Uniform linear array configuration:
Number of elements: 48
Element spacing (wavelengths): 0.5
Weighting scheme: binomial
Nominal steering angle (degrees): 60
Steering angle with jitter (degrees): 59.166
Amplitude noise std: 0.05
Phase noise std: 0.05

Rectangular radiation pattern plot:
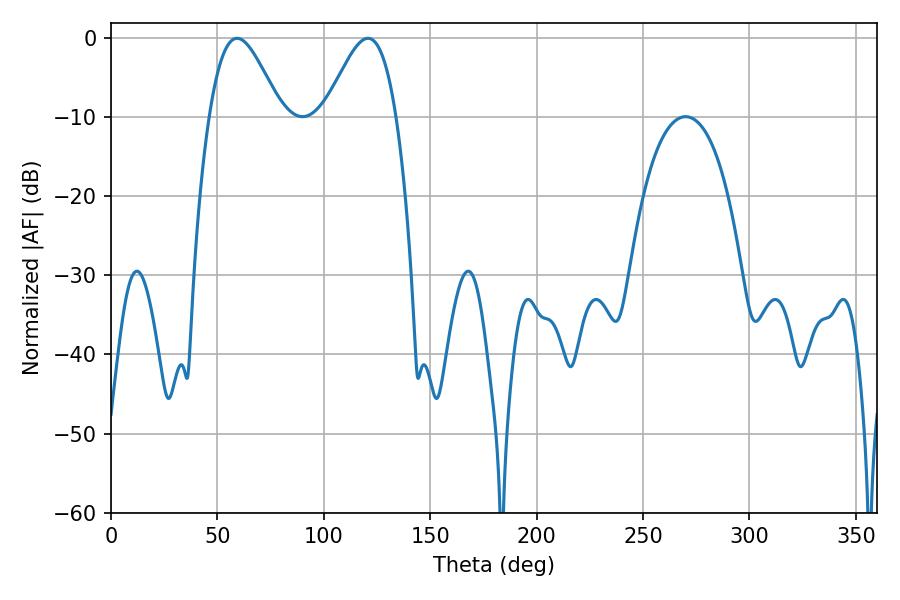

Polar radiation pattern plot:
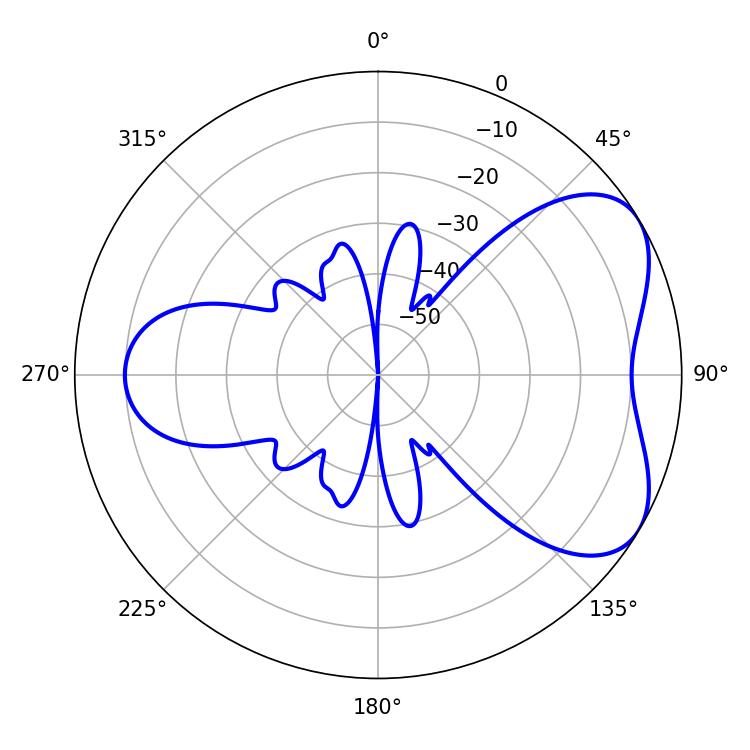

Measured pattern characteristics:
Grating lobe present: FALSE
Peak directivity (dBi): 5.339
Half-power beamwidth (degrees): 17.82
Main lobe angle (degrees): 59.22